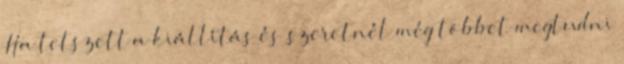
Ha tetszett a kiállítás és szeretnél még többet megtudni